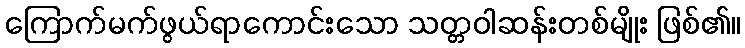
ကြောက်မက်ဖွယ်ရာကောင်းသော သတ္တဝါဆန်းတစ်မျိုး ဖြစ်၏။